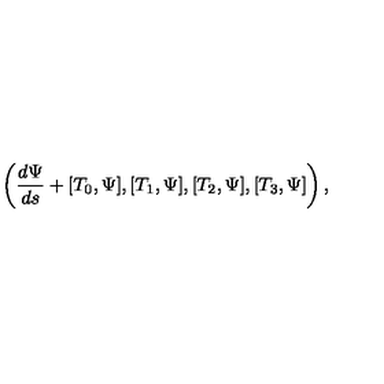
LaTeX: \left( \frac { d \Psi } { d s } + [ { T } _ { 0 } , \Psi ] , [ { T } _ { 1 } , \Psi ] , [ { T } _ { 2 } , \Psi ] , [ { T } _ { 3 } , \Psi ] \right) ,